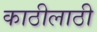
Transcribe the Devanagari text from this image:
काठीलाठी